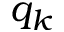
q _ { k }